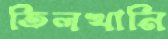
তিলখানি